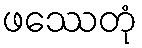
ဖဿေတုံ